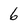
Character: 6